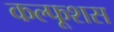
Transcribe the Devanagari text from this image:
कल्फूशस